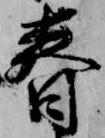
春